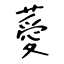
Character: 薆